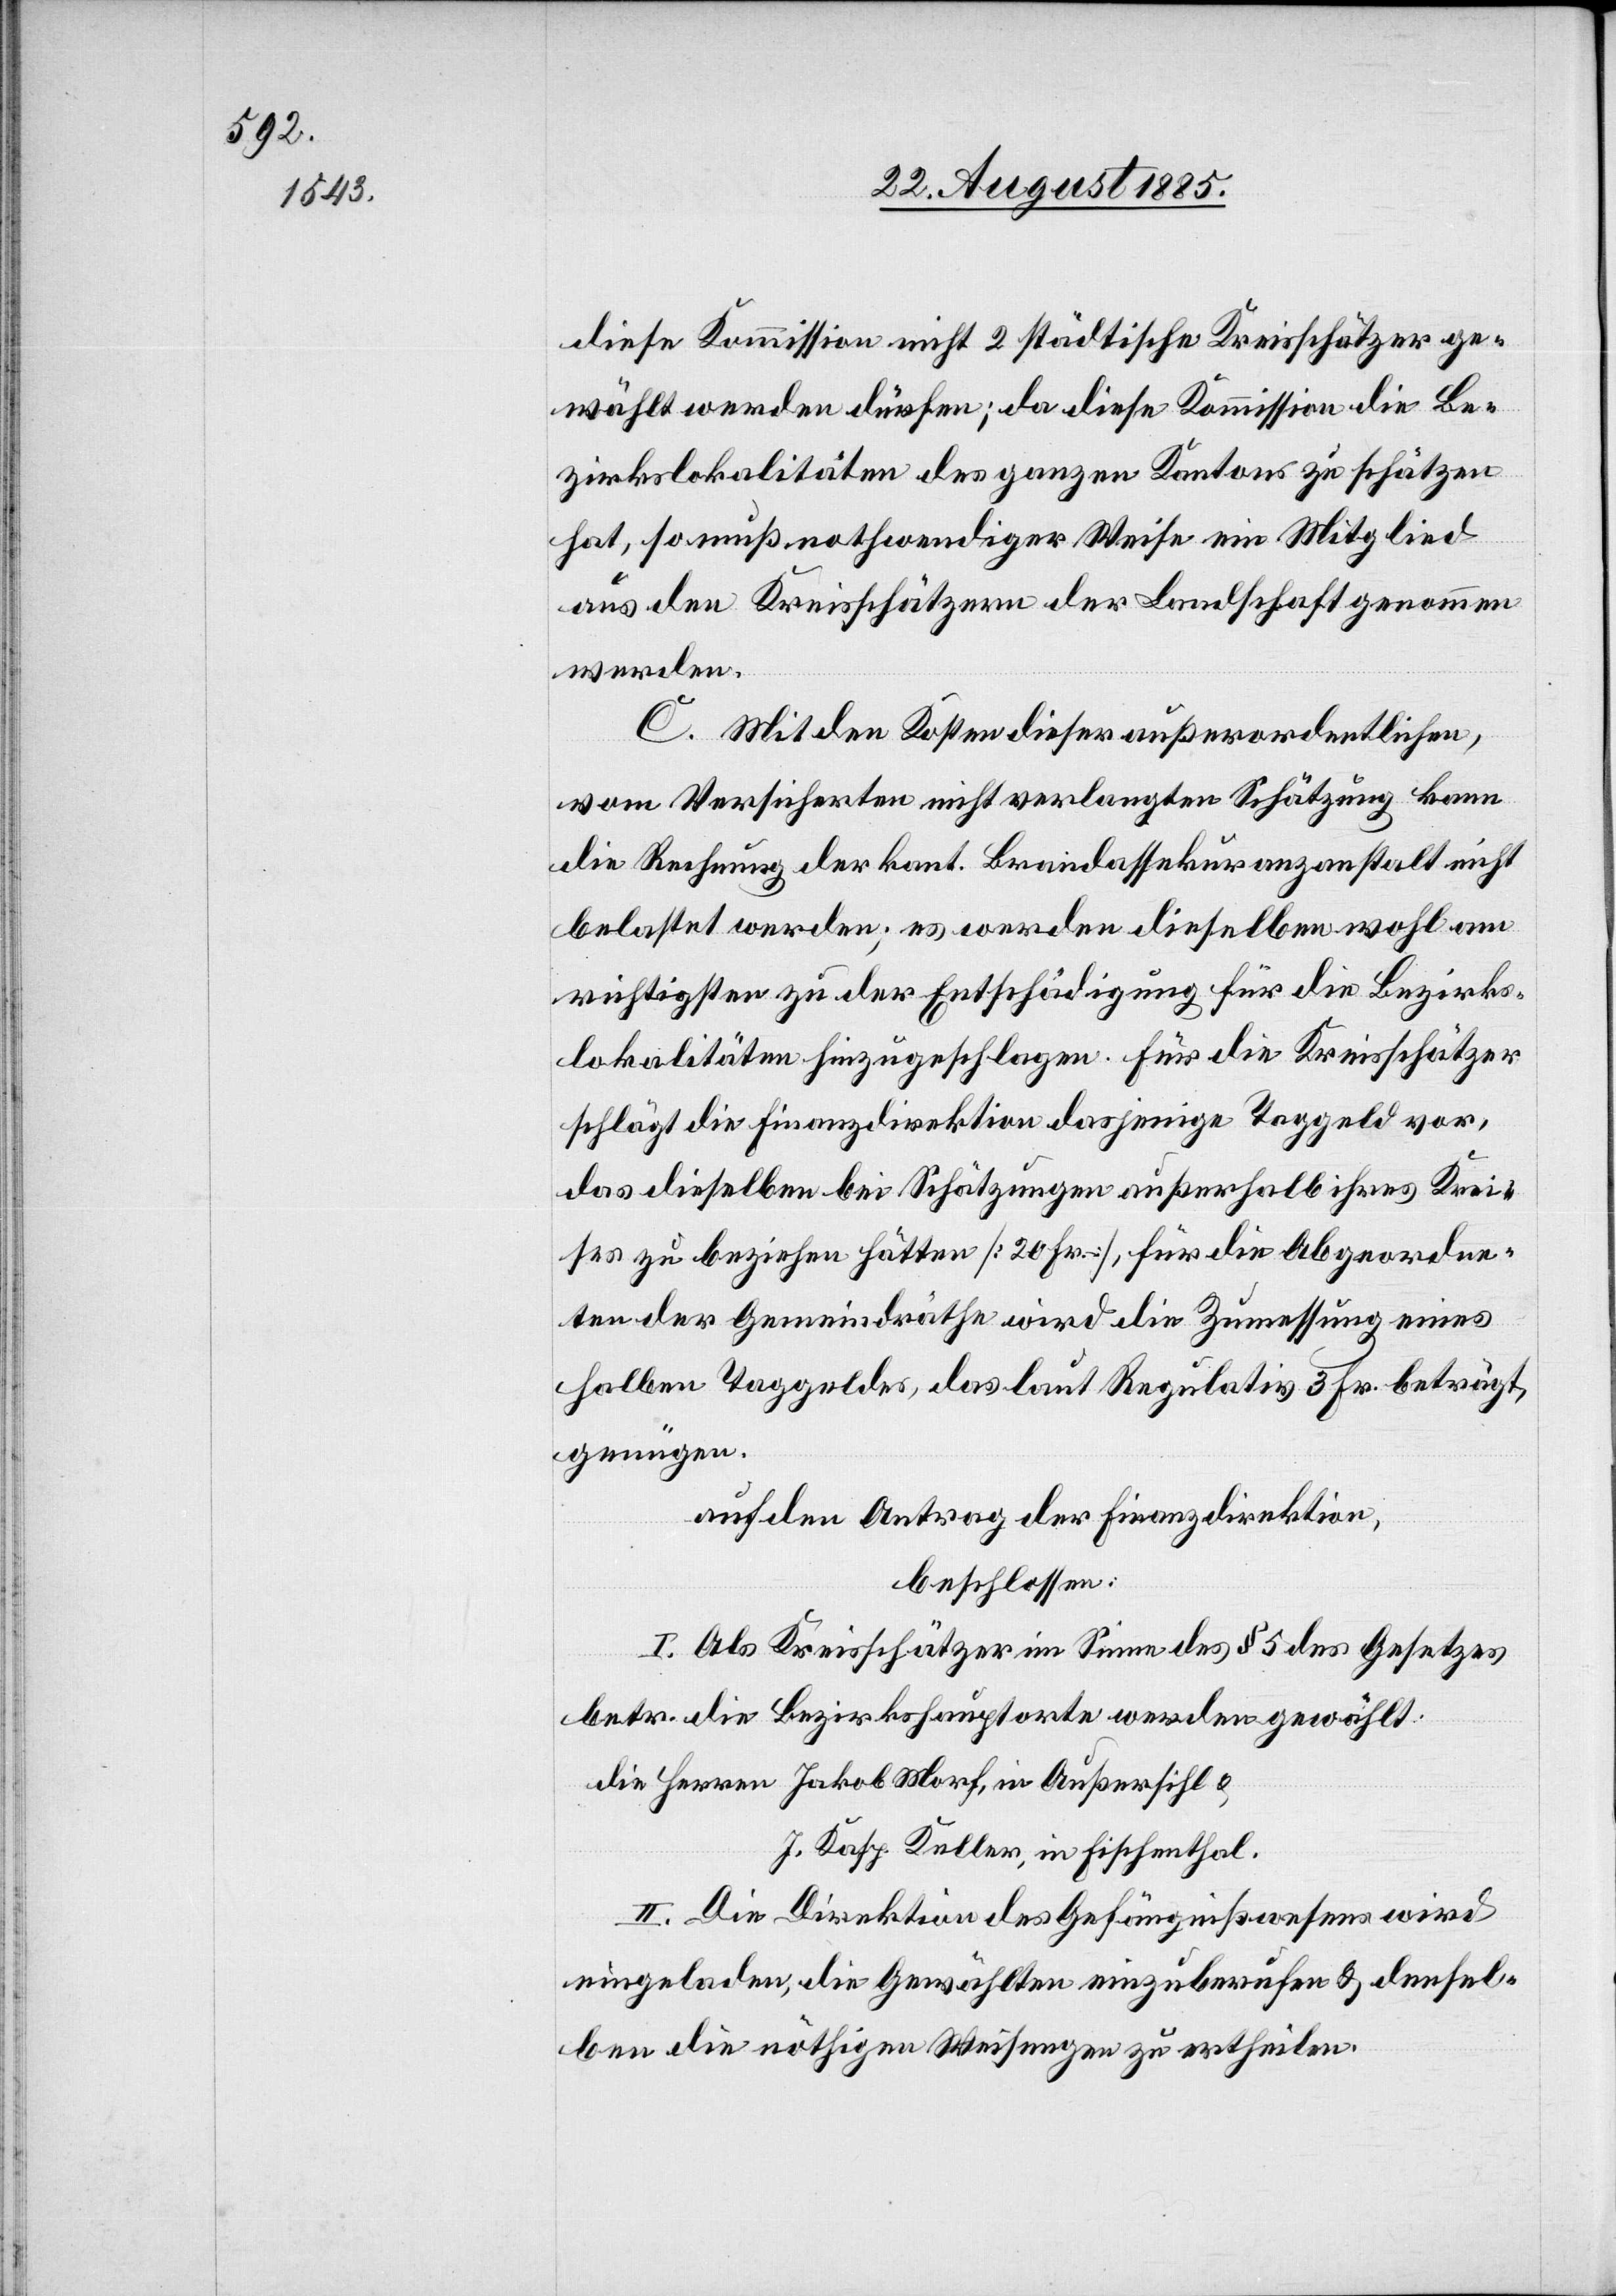
diese Kommission nicht 2 städtische Kreisschätzer ge¬
wählt werden dürfen, da diese Kommission die Be¬
zirkslokalitäten des ganzen Kantons zu schätzen
hat, so muß nothwendiger Weise ein Mitglied
aus den Kreisschätzern der Landschaft genommen
werden.
C. Mit den Kosten dieser außerordentlichen,
vom Versicherten nicht verlangten Schätzung kann
die Rechnung der kant. Brandassekuranzanstalt nicht
belastet werden; es werden dieselben wohl am
richtigsten zu der Entschädigung für die Bezirks¬
lokalitäten hinzugeschlagen. Für die Kreisschätzer
schlägt die Finanzdirektion dasjenige Taggeld vor,
das dieselben bei Schätzungen außerhalb ihres Krei¬
ses zu beziehen hätten [20 Fr.], für die Abgeordne¬
ten der Gemeindräthe wird die Zumessung eines
halben Taggeldes, das laut Regulativs 3 Fr. beträgt,
genügen.
auf den Antrag der Finanzdirektion,
beschlossen.
I. Als Kreisschätzer im Sinne des § 5 des Gesetzes
betr. die Bezirkshauptorte werden gewählt:
die Herren Jakob Morf, in Außersihl &
J. Kasp. Keller, in Fischenthal.
II. Die Direktion des Gefängnißwesens wird
eingeladen, die Gewählten einzuberufen & densel¬
ben die nöthigen Weisungen zu ertheilen.